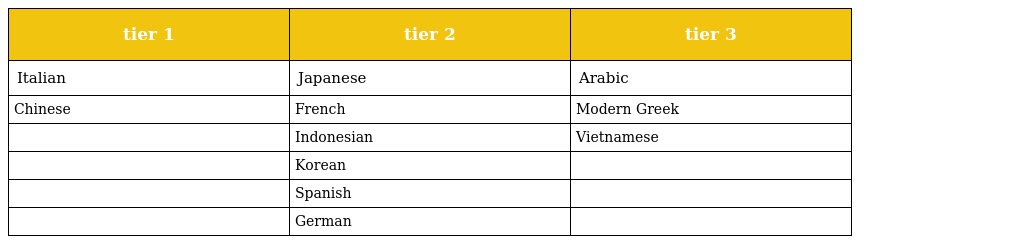
| tier 1 | tier 2 | tier 3 |
 | --- | --- | --- |
 | Italian | Japanese | Arabic |
 | Chinese | French | Modern Greek |
 |  | Indonesian | Vietnamese |
 |  | Korean |  |
 |  | Spanish |  |
 |  | German |  |